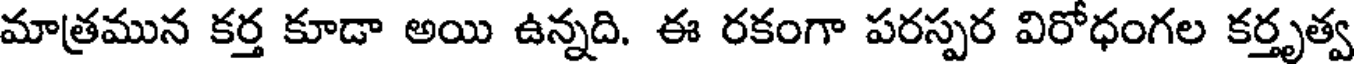
మాత్రమున కర్త కూడా అయి ఉన్నది. ఈ రకంగా పరస్పర విరోధంగల కర్తృత్వ